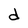
Character: d